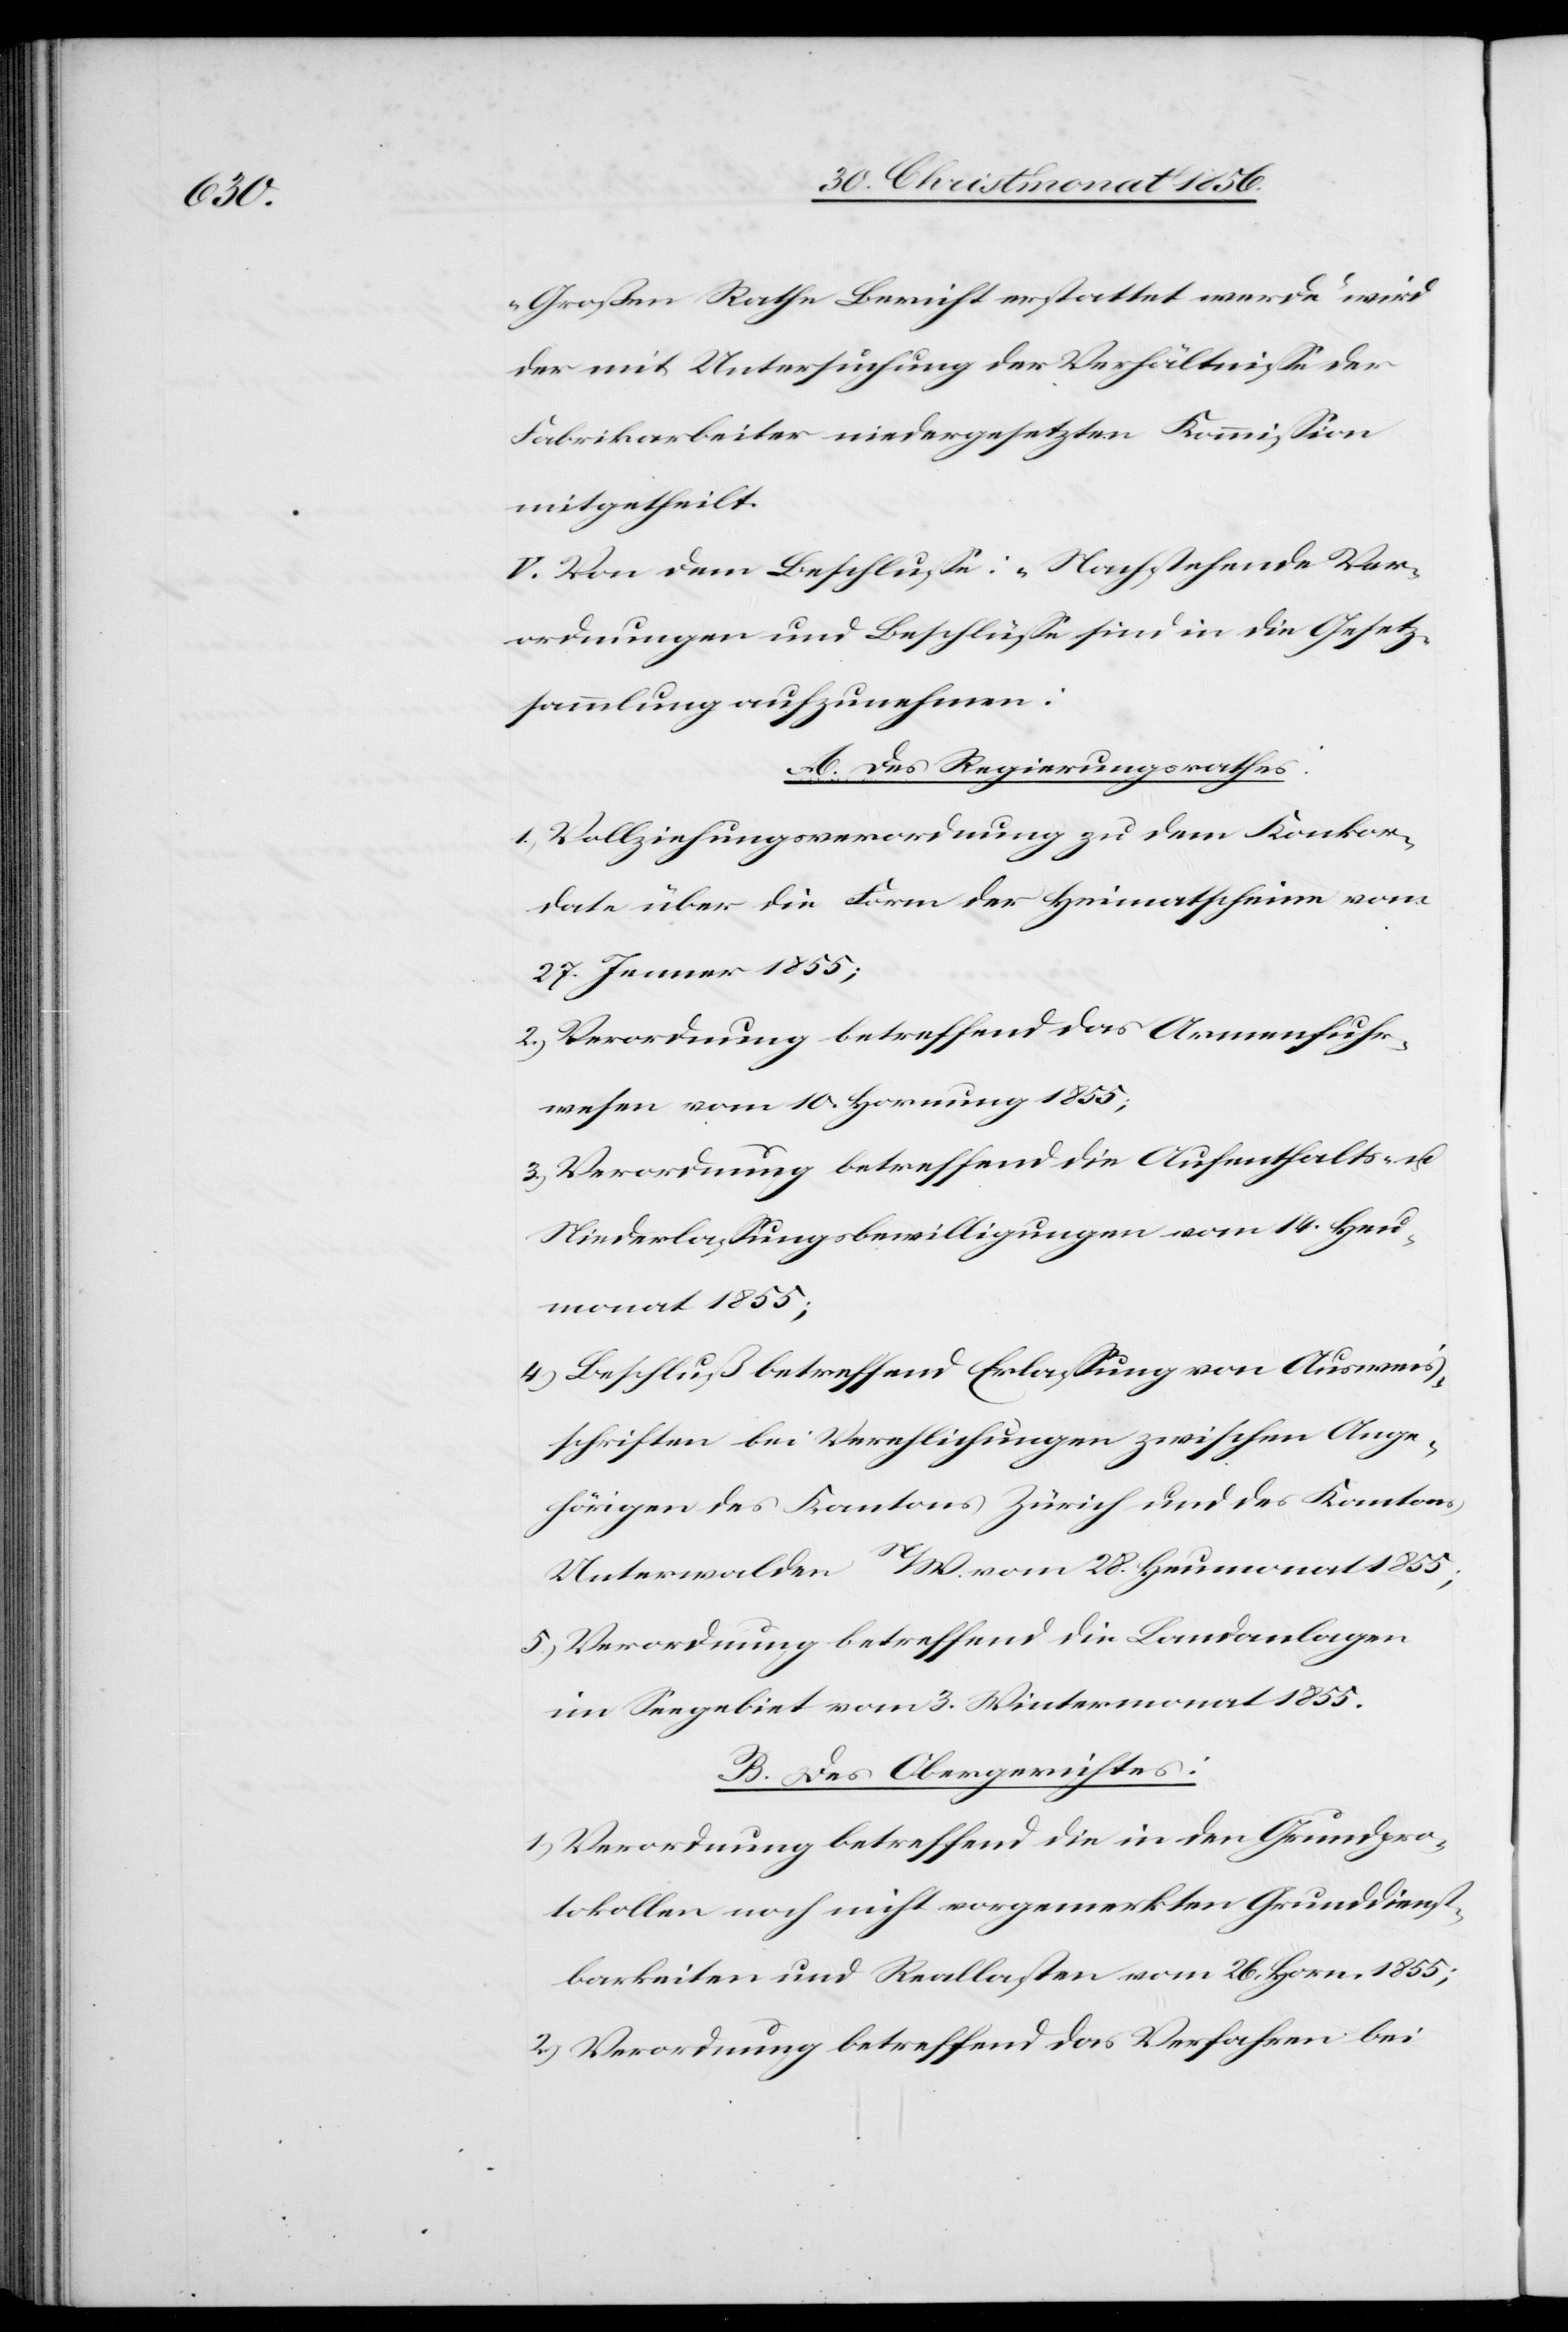
Großen Rathe Bericht erstattet werde“ wird
der mit Untersuchung der Verhältnisse der
Fabrikarbeiter niedergesetzten Kommission
mitgetheilt.
V. Von dem Beschlusse: „Nachstehende Ver¬
ordnungen und Beschlüsse sind in die Gesetz¬
sammlung aufzunehmen:
A. Des Regierungsrathes:
1.) Vollziehungsverordnung zu dem Konkor¬
date über die Form der Heimatscheine vom
27. Jenner 1855;
2.) Verordnung betreffend das Armenfuhr¬
wesen vom 10. Hornung 1855;
3.) Verordnung betreffend die Aufenthalts- u.
Niederlassungsbewilligungen vom 14. Heu¬
monat 1855;
4.) Beschluß betreffend Erlassung von Ausweis¬
schriften bei Verehlichungen zwischen Ange¬
hörigen des Kantons Zürich und des Kantons
Unterwalden N/W. vom 28. Heumonat 1855;
5.) Verordnung betreffend die Landanlagen
im Seegebiet vom 3. Wintermonat 1855.
B. Des Obergerichtes:
1.) Verordnung betreffend die in den Grundpro¬
tokollen noch nicht vorgemerkten Grunddienst¬
barkeiten und Reallasten vom 26. Horn. 1855;
2.) Verordnung betreffend das Verfahren bei